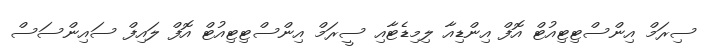
ސިރަމް އިންސްޓިޓިއުޓް އޮފް އިންޑިއާ ލިމިޑެޓާއި ސީރަމް އިންސްޓިޓިއުޓް އޮފް ލައިފް ސައިންސަސް